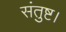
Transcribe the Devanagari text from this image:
संतुष्ट।